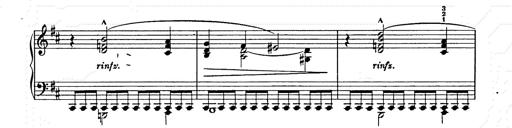
Title: Ballade No.2
Composer: Jan Skrzydlewski
Key: B minor